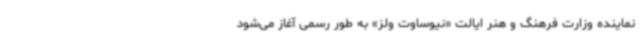
نماینده وزارت فرهنگ و هنر ایالت «نیوساوت ولز» به طور رسمی آغاز می‌شود